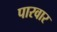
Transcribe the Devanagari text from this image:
पारवार